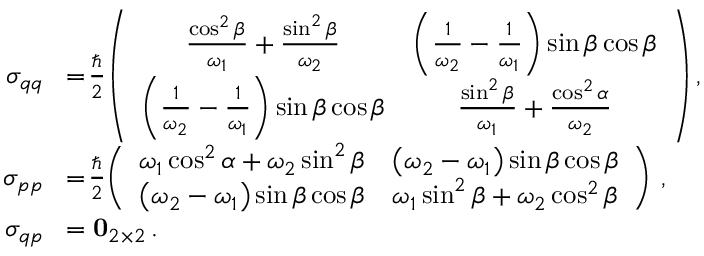
\begin{array} { r l } { \sigma _ { q q } } & { \! = \! \frac { \hbar } { 2 } \! \left( \begin{array} { c c } { \frac { \cos ^ { 2 } \beta } { \omega _ { 1 } } + \frac { \sin ^ { 2 } \beta } { \omega _ { 2 } } } & { \left( \frac { 1 } { \omega _ { 2 } } - \frac { 1 } { \omega _ { 1 } } \right) \sin \beta \cos \beta } \\ { \left( \frac { 1 } { \omega _ { 2 } } - \frac { 1 } { \omega _ { 1 } } \right) \sin \beta \cos \beta } & { \frac { \sin ^ { 2 } \beta } { \omega _ { 1 } } + \frac { \cos ^ { 2 } \alpha } { \omega _ { 2 } } } \end{array} \right) , } \\ { \sigma _ { p p } } & { \! = \! \frac { \hbar } { 2 } \! \left( \begin{array} { c c } { \omega _ { 1 } \cos ^ { 2 } \alpha + \omega _ { 2 } \sin ^ { 2 } \beta } & { \left( \omega _ { 2 } - \omega _ { 1 } \right) \sin \beta \cos \beta } \\ { \left( \omega _ { 2 } - \omega _ { 1 } \right) \sin \beta \cos \beta } & { \omega _ { 1 } \sin ^ { 2 } \beta + \omega _ { 2 } \cos ^ { 2 } \beta } \end{array} \right) \, , } \\ { \sigma _ { q p } } & { \! = \mathbf { 0 } _ { 2 \times 2 } \, . } \end{array}